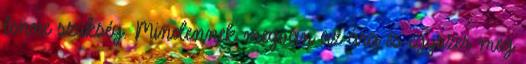
lenne szükség. Mindennek megvan az ára és egyszer meg